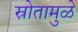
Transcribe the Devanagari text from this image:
स्रोतामुळे